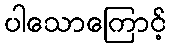
ပါသောကြောင့်